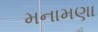
મનામણા